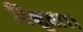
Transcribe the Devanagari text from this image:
विभुता।।